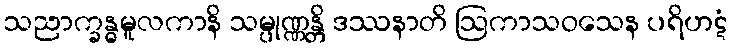
သညာက္ခန္ဓမူလကာနိ သမ္ပုဏ္ဏန္တိ ဒဿနာတိ ဩကာသဝသေန ပရိဟဋံ